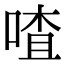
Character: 喳